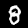
Digit: 8